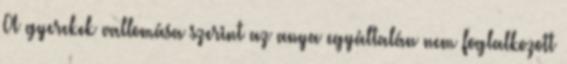
A gyerekek vallomása szerint az anya egyáltalán nem foglalkozott